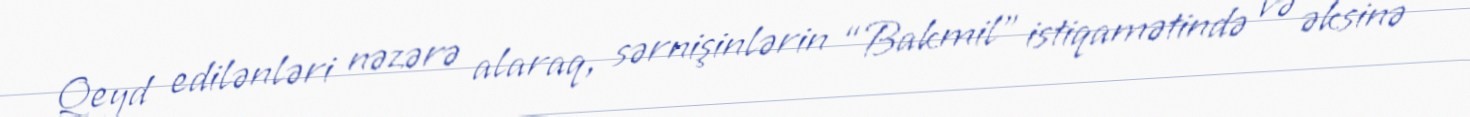
Qeyd edilənləri nəzərə alaraq, sərnişinlərin “Bakmil” istiqamətində və əksinə